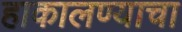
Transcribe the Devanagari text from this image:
हाकालण्याचा